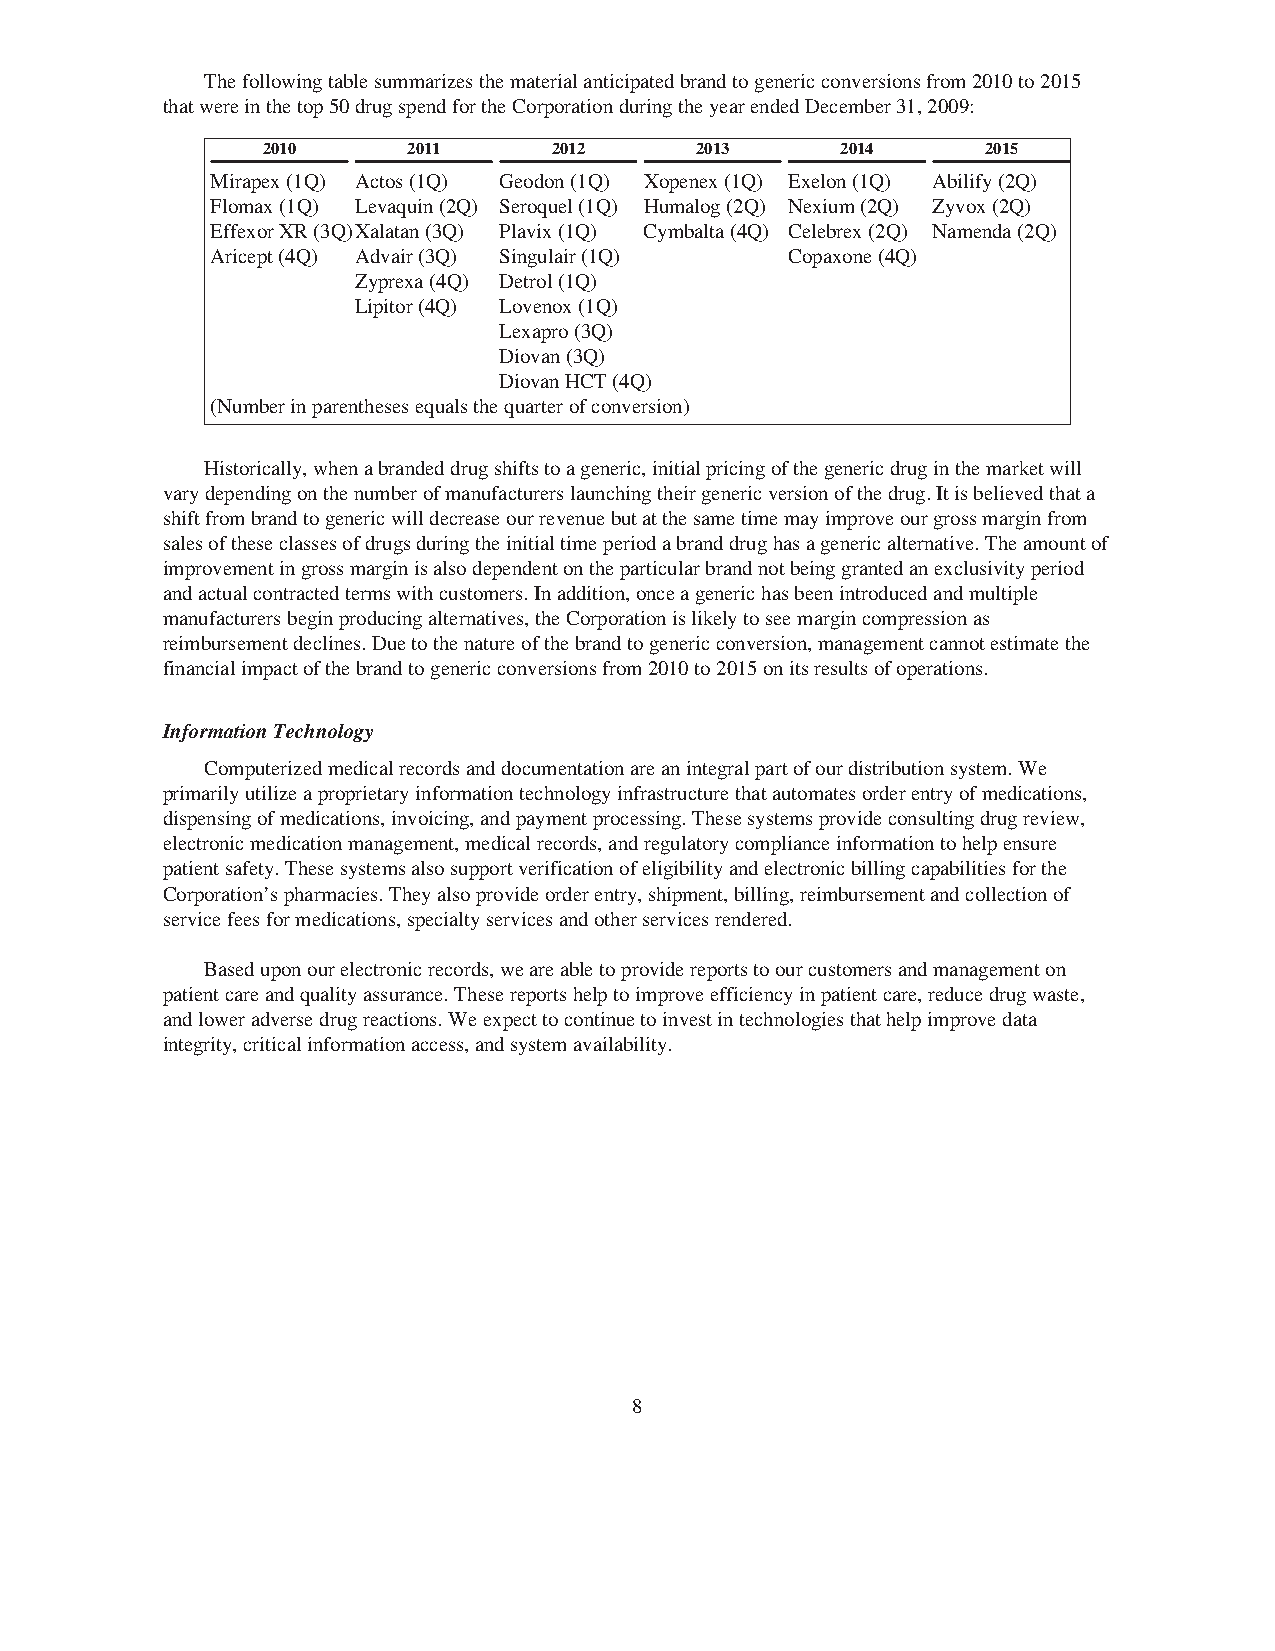
Thefollowingtablesummarizesthematerialanticipatedbrandtogenericconversionsfrom2010to2015
 thatwereinthetop50drugspendfortheCorporationduringtheyearendedDecember31,2009:
 2010      2011      2012     2013      2014     2015
 Mirapex(1Q) Actos(1Q) Geodon(1Q) Xopenex(1Q) Exelon(1Q) Abilify(2Q)
 Flomax(1Q) Levaquin(2Q) Seroquel(1Q) Humalog(2Q) Nexium(2Q) Zyvox(2Q)
 EffexorXR(3Q)Xalatan(3Q) Plavix(1Q) Cymbalta(4Q) Celebrex(2Q) Namenda(2Q)
 Aricept(4Q) Advair(3Q) Singulair(1Q)  Copaxone(4Q)
 Zyprexa(4Q) Detrol(1Q)
 Lipitor(4Q) Lovenox(1Q)
 Lexapro(3Q)
 Diovan(3Q)
 DiovanHCT(4Q)
 (Numberinparenthesesequalsthequarterofconversion)
 Historically,whenabrandeddrugshiftstoageneric,initialpricingofthegenericdruginthemarketwill
 varydependingonthenumberofmanufacturerslaunchingtheirgenericversionofthedrug.Itisbelievedthata
 shiftfrombrandtogenericwilldecreaseourrevenuebutatthesametimemayimproveourgrossmarginfrom
 salesoftheseclassesofdrugsduringtheinitialtimeperiodabranddrughasagenericalternative.Theamountof
 improvementingrossmarginisalsodependentontheparticularbrandnotbeinggrantedanexclusivityperiod
 andactualcontractedtermswithcustomers.Inaddition,onceagenerichasbeenintroducedandmultiple
 manufacturersbeginproducingalternatives,theCorporationislikelytoseemargincompressionas
 reimbursementdeclines.Duetothenatureofthebrandtogenericconversion,managementcannotestimatethe
 financialimpactofthebrandtogenericconversionsfrom2010to2015onitsresultsofoperations.
 InformationTechnology
 Computerizedmedicalrecordsanddocumentationareanintegralpartofourdistributionsystem.We
 primarilyutilizeaproprietaryinformationtechnologyinfrastructurethatautomatesorderentryofmedications,
 dispensingofmedications,invoicing,andpaymentprocessing.Thesesystemsprovideconsultingdrugreview,
 electronicmedicationmanagement,medicalrecords,andregulatorycomplianceinformationtohelpensure
 patientsafety.Thesesystemsalsosupportverificationofeligibilityandelectronicbillingcapabilitiesforthe
 Corporation’spharmacies.Theyalsoprovideorderentry,shipment,billing,reimbursementandcollectionof
 servicefeesformedications,specialtyservicesandotherservicesrendered.
 Baseduponourelectronicrecords,weareabletoprovidereportstoourcustomersandmanagementon
 patientcareandqualityassurance.Thesereportshelptoimproveefficiencyinpatientcare,reducedrugwaste,
 andloweradversedrugreactions.Weexpecttocontinuetoinvestintechnologiesthathelpimprovedata
 integrity,criticalinformationaccess,andsystemavailability.
 8